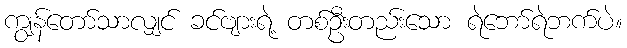
ကျွန်တော်သာလျှင် ခင်ဗျားရဲ့ တစ်ဦးတည်းသော ရဲဘော်ရဲဘက်ပဲ။